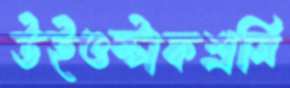
উইওল্‌টাকশ্রমি